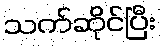
သက်ဆိုင်ပြီး